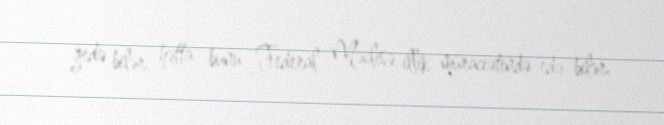
gedə bilər, hətta bunu Federal Məclisə illik müraciətində edə bilər.